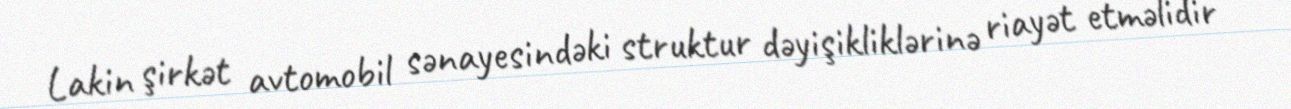
Lakin şirkət avtomobil sənayesindəki struktur dəyişikliklərinə riayət etməlidir